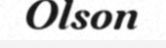
Olson